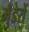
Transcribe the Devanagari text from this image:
मुँडेरों